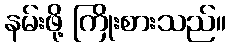
နမ်းဖို့ ကြိုးစားသည်။